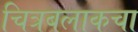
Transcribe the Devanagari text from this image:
चित्रबलाकचा